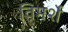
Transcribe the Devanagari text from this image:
विमर्शे